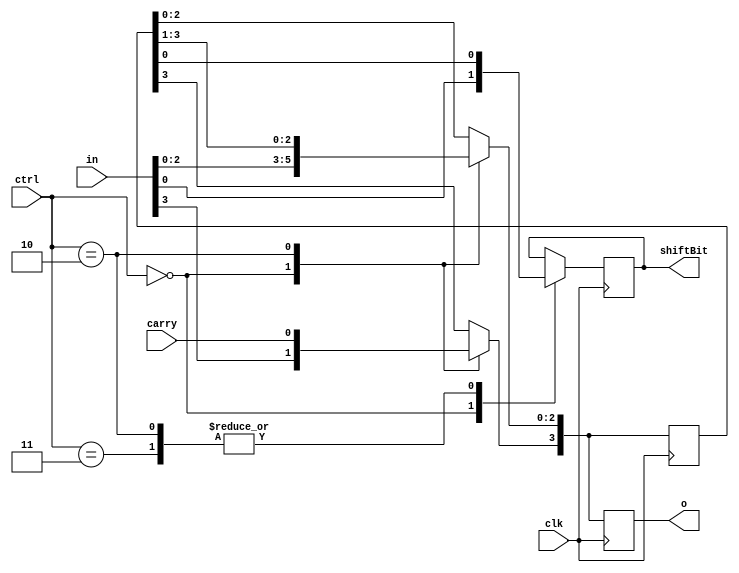
// A register that can shift, load, hold or reset.
module Qreg(in, ctrl, carry, o, shiftBit, clk);

// Control signals.
parameter CTRL_LOAD = 2'b00, CTRL_RESET = 2'b01, CTRL_SHIFT = 2'b10, CTRL_HOLD = 2'b11;

input [3:0] in;
input [1:0] ctrl;
input carry, clk;
output [3:0] o;
output shiftBit;
reg [3:0] m_O;
reg m_ShiftBit;
assign o = m_O;
assign shiftBit = m_ShiftBit;

// Hidden/internal value. This is a register after all.
reg [3:0] m_Reg;

// Reset hardware is not defined.
always @(posedge clk) begin
    case(ctrl)
        CTRL_LOAD: begin
            m_Reg = in;
            m_ShiftBit = m_Reg[0];
        end
        CTRL_SHIFT: begin
            m_ShiftBit = m_Reg[0];
            m_Reg = m_Reg >> 1;
            m_Reg[3] = carry;
        end
        CTRL_HOLD: begin
            m_ShiftBit = m_Reg[0];
        end
    endcase
    m_O = m_Reg;
end

endmodule